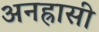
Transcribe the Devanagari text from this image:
अनह्रासी